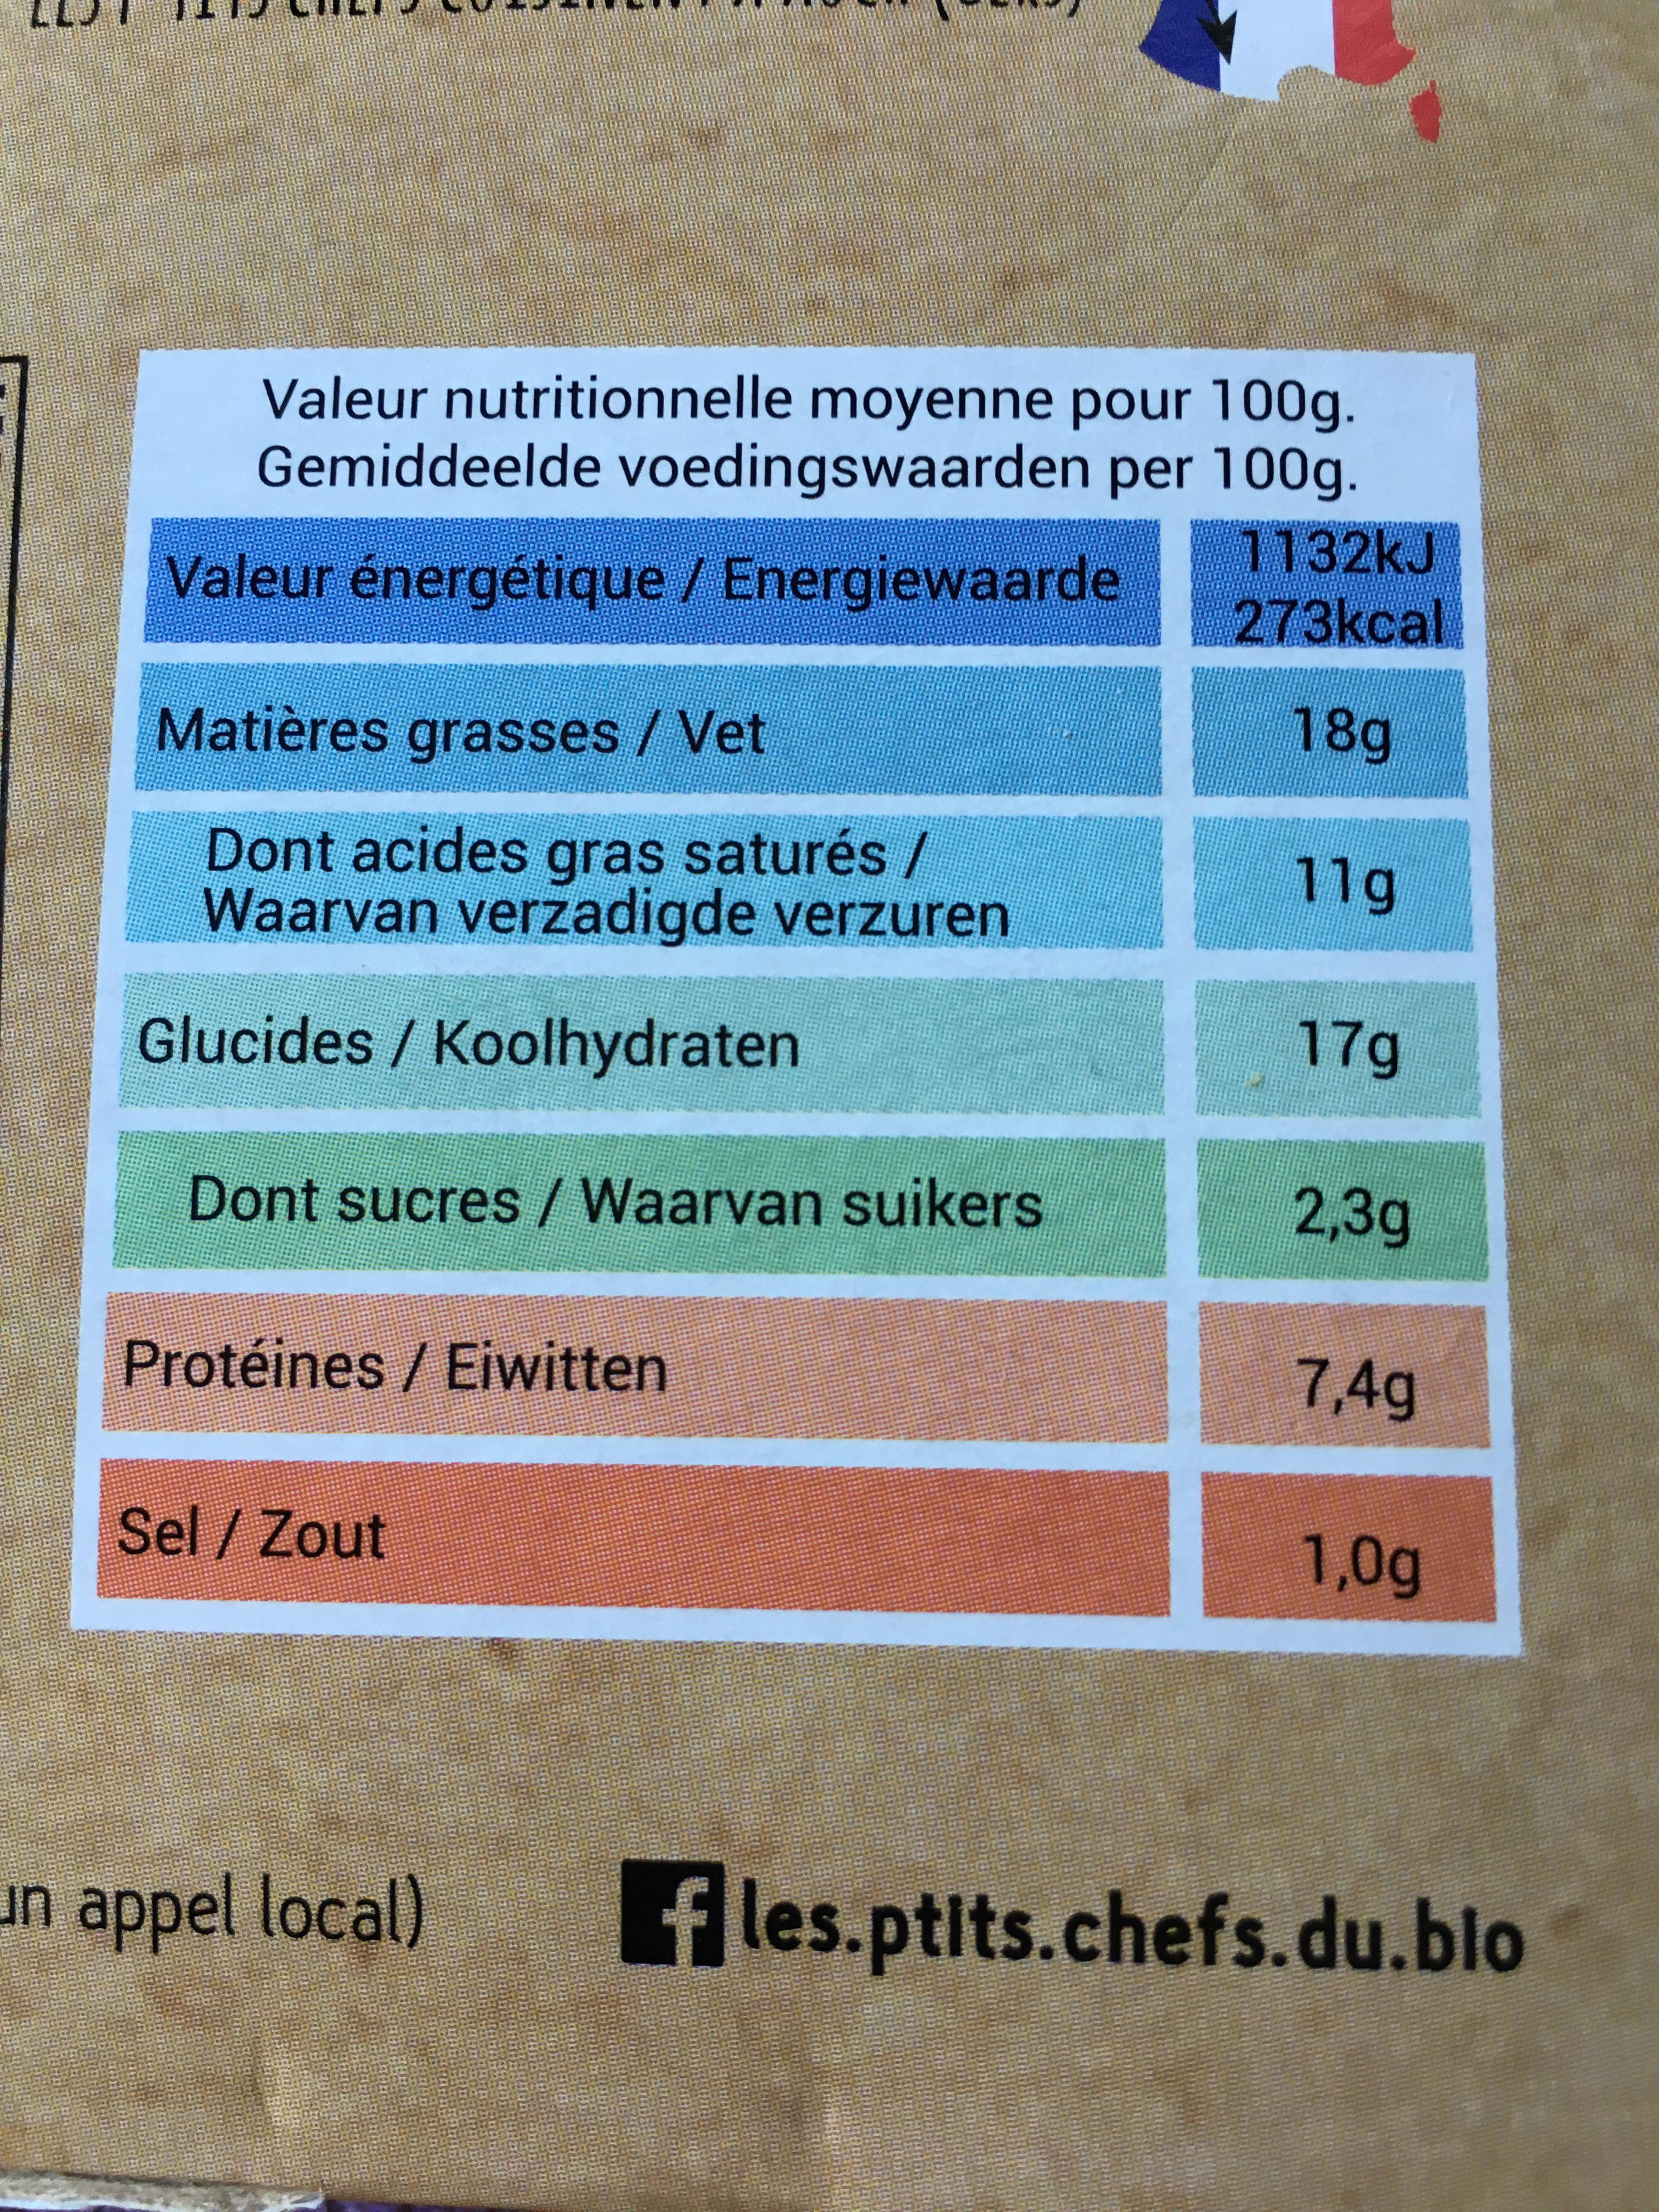
Valeur nutritionnelle moyenne pour 100g. Gemiddeelde voedingswaarden per 100g. 1132kJ Valeur énergétique/ Energiewaarde 273kcal 18g 119 17g 2,3g 7,4g 1,0g Matières grasses/Vet Dont acides gras saturés/ Waarvan verzadigde verzuren Glucides /Koolhydraten Dont sucres /Waarvan suikers Protéines Eiwitten Sel/ Zout fles.ptits.chefs.du.blo n appel local)